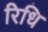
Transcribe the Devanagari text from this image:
रिधि